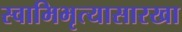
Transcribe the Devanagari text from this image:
स्वामिभृत्यासारखा